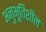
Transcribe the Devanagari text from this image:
अनुभूतिशील